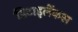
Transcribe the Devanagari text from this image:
डिटाइलेंकस